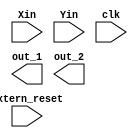

module radix4multiplierParallel
#
(
	parameter no_of_digits = 4,
	parameter radix_bits = 3,
	parameter radix = 4,
	parameter delta = 2,
	parameter full_result_sel = 1
)

(
	Xin,
	Yin,
	clk,
	out_1,
	out_2,
	extern_reset
);

	input [no_of_digits*radix_bits-1:0] Xin;
	input [no_of_digits*radix_bits-1:0] Yin;
	input clk;
	input extern_reset;
	output wire [no_of_digits*radix_bits-1:0] out_1;
	output wire [no_of_digits*radix_bits-1:0] out_2;
	wire [2*no_of_digits*radix_bits-1:0] pre_out;

	
	assign out_1 = pre_out[2*no_of_digits*radix_bits-1:no_of_digits*radix_bits];
	assign out_2 = pre_out[no_of_digits*radix_bits-1:0];
	wire [radix_bits-1:0] W;

	
	genvar i;
	
	generate
	for (i=0; i<no_of_digits; i=i+1)
	begin : mult_block
		
	end
	endgenerate
	
endmodule